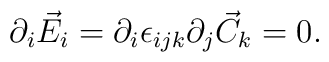
\partial_i \vec{E}_i = \partial_i \epsilon_{ijk} \partial_j \vec{C}_k = 0 .